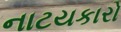
નાટયકારો